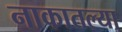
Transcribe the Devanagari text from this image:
नाकातल्या